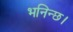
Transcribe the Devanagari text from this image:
भनिन्छ।